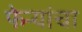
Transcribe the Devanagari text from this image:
फेर्‍यांचा